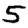
Digit: 5